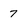
Character: 7